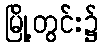
မြို့တွင်း၌